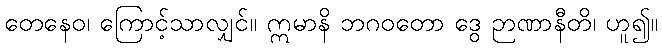
တေနေဝ၊ ကြောင့်သာလျှင်။ ဣမာနိ ဘဂဝတော ဒွေ ဉာဏာနီတိ၊ ဟူ၍။